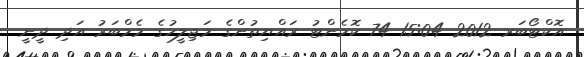
އޮކްޓޯބަރ 2012 15:04 74 ކޮމެންޓު ރައްޔިތުންގެ މަޖިލީހުގެ މެމްބަރު އަދި ދީނީ